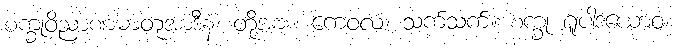
စက္ခုဝိညာဏဓာတုအာဒီနံ၊ တို့အား။ ကေဝလံ၊ သက်သက်။ စက္ခု ရူပါဒယောဝ၊